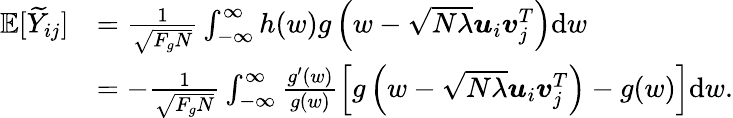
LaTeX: \begin{array}{rl}{\mathbb{E}[\widetilde{Y}_{ij}]}&{=\frac{1}{\sqrt{F_{g}N}}\int_{-\infty}^{\infty}h(w)g\left(w-\sqrt{N\lambda}{\boldsymbol u}_{i}{\boldsymbol v}_{j}^{T}\right)\mathrm{d}w}\\ &{=-\frac{1}{\sqrt{F_{g}N}}\int_{-\infty}^{\infty}\frac{g^{\prime}(w)}{g(w)}\left[g\left(w-\sqrt{N\lambda}{\boldsymbol u}_{i}{\boldsymbol v}_{j}^{T}\right)-g(w)\right]\mathrm{d}w.}\end{array}